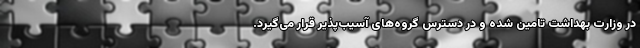
در وزارت بهداشت تامین شده و در دسترس گروه‌های آسیب‌پذیر قرار می‌گیرد.